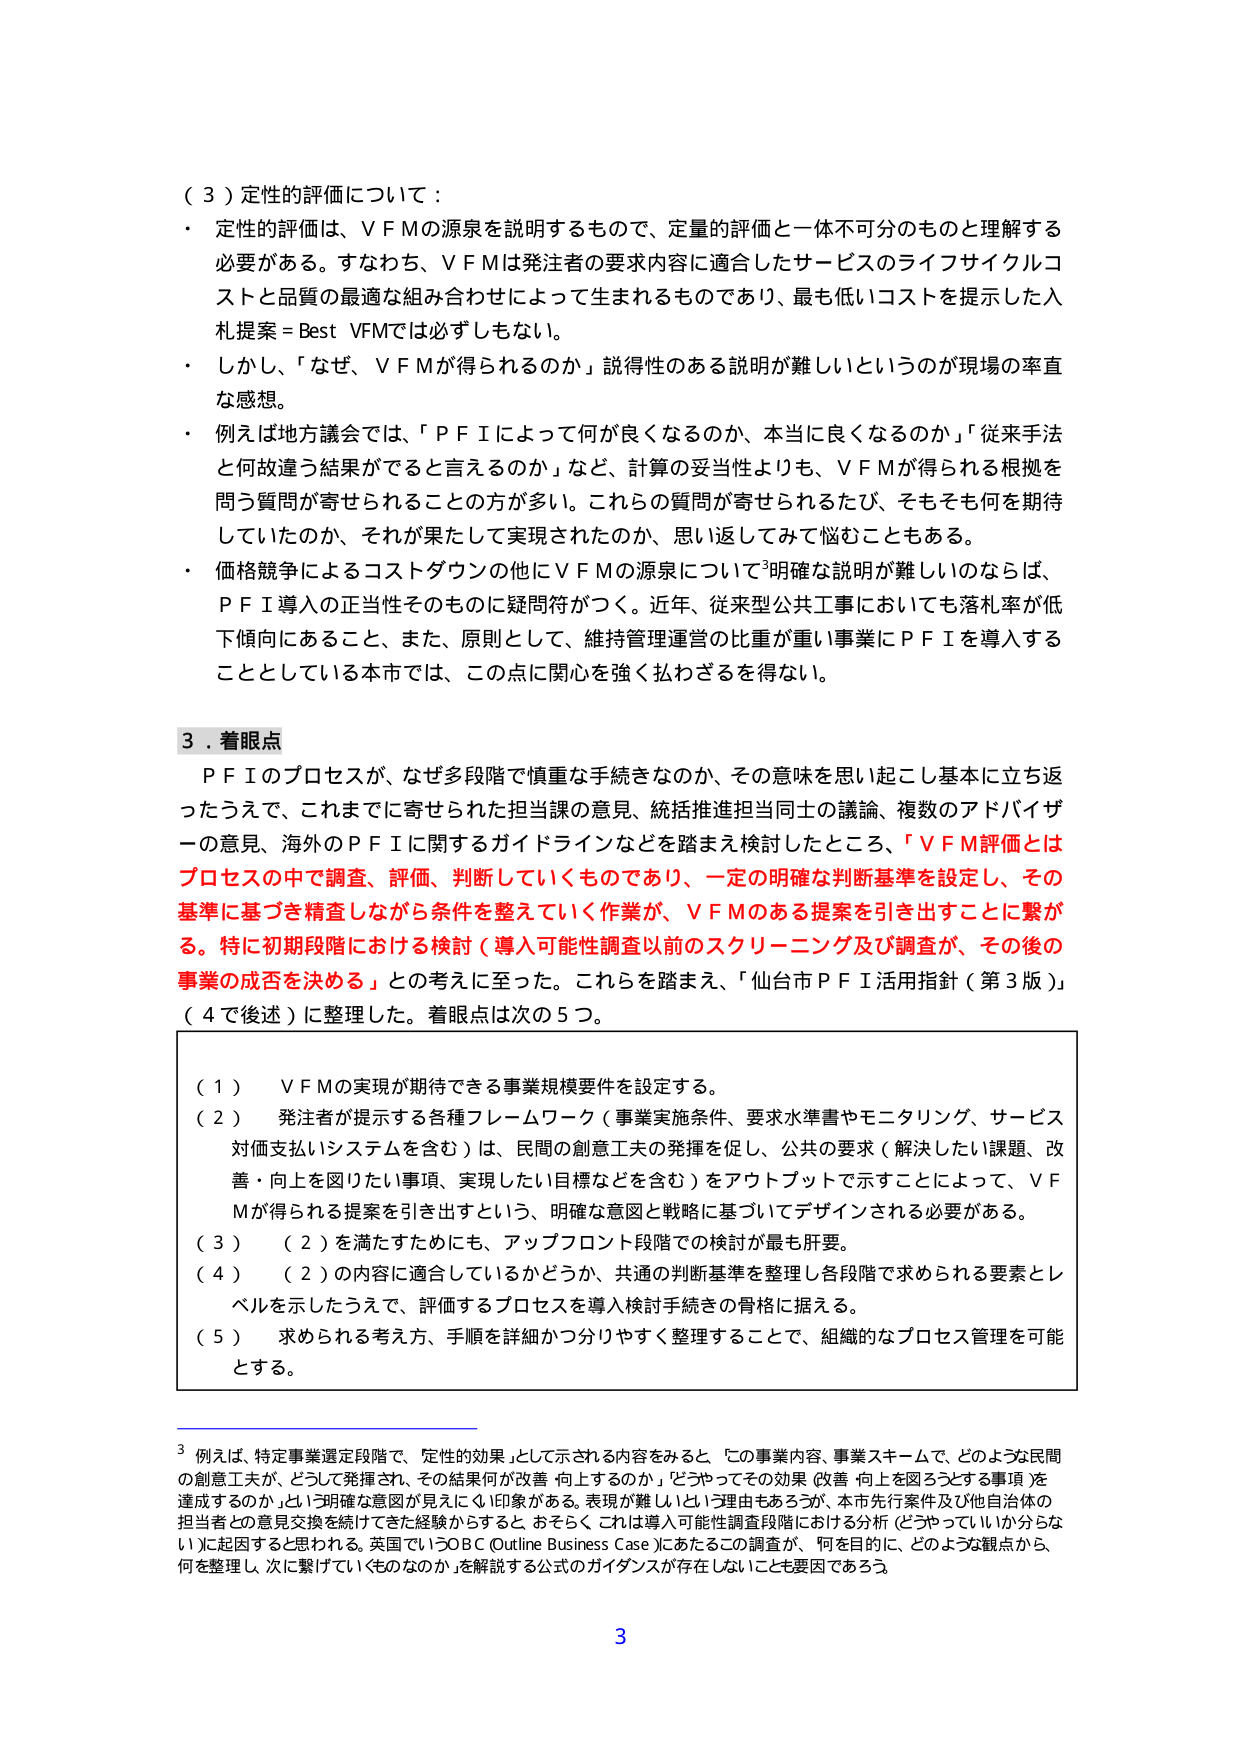
（３）定性的評価について：

・ 定性的評価は、ＶＦＭの源泉を説明するもので、定量的評価と一体不可分のものと理解する必要がある。すなわち、ＶＦＭは発注者の要求内容に適合したサービスのライフサイクルコストと品質の最適な組み合わせによって生まれるものであり、最も低いコストを提示した入札提案＝Best VFMでは必ずしもない。

・ しかし、「なぜ、ＶＦＭが得られるのか」説得性のある説明が難しいというのが現場の率直な感想。

・ 例えば地方議会では、「ＰＦＩによって何が良くなるのか、本当に良くなるのか」「従来手法と何故違う結果がでると言えるのか」など、計算の妥当性よりも、ＶＦＭが得られる根拠を問う質問が寄せられることが多い。これらの質問が寄せられるたび、そもそも何を期待していたのか、それが果たして実現されたのか、思い返してみて悩むこともある。

・ 価格競争によるコストダウンの他にＶＦＭの源泉について明確な説明が難しいのならば、ＰＦＩ導入の正当性そのものに疑問符がつく。近年、従来型公共工事においても落札率が低下傾向にあること、また、原則として、維持管理運営の比重が重い事業にＰＦＩを導入することとしている本市では、この点に関心を強く払わざるを得ない。

３．着眼点

ＰＦＩのプロセスが、なぜ多段階で慎重な手続きなのか、その意味を思い起こし基本に立ち返ったうえで、これまでに寄せられた担当課の意見、統括推進担当同士の議論、複数のアドバイザーの意見、海外のＰＦＩに関するガイドラインなどを踏まえ検討したところ、「ＶＦＭ評価とはプロセスの中で調査、評価、判断していくものであり、一定の明確な判断基準を設定し、その基準に基づき精査しながら条件を整えていく作業が、ＶＦＭのある提案を引き出すことに繋がる。特に初期段階における検討（導入可能性調査以前のスクリーニング及び調査が、その後の事業の成否を決める）との考えに至った。これらを踏まえ、「仙台市ＰＦＩ活用指針（第３版）」（４で後述）に整理した。着眼点は次の５つ。

（１） ＶＦＭの実現が期待できる事業規模要件を設定する。

（２） 発注者が提示する各種フレームワーク（事業実施条件、要求水準書やモニタリング、サービス対価支払いシステムを含む）は、民間の創意工夫の発揮を促し、公共の要求（解決したい課題、改善・向上を図りたい事項、実現したい目標などを含む）をアウトプットで示すことによって、ＶＦＭが得られる提案を引き出すという、明確な意図と戦略に基づいてデザインされる必要がある。

（３） （２）を満たすためにも、アップフロント段階での検討が最も肝要。

（４） （２）の内容に適合しているかどうか、共通の判断基準を整理し各段階で求められる要素とレベルを示したうえで、評価するプロセスを導入検討手続きの骨格に据える。

（５） 求められる考え方、手順を詳細かつ分りやすく整理することで、組織的なプロセス管理を可能とする。

３ 例えば、特定事業選定段階で、「定性的効果」として示される内容をみると、「この事業内容、事業スキームで、どのような民間の創意工夫が、どうして発揮され、その結果何が改善・向上するのか」「どうやってその効果（改善・向上を図ろうとする事項）を達成するのか」という明確な意図が見ににくい印象がある。表現が難しいという理由もあるろうが、本市先行案件及び他自治体の担当者との意見交換を続けてきた経験からすると、おそらくこれは導入可能性調査段階における分析（どうやっていいか分らない）に起因すると思われる。英国でいうOBC（Outline Business Case）にあたるこの調査が、「何を目的に、どのような観点から、何を整理し、次に繋げていくものなのか」を解説する公式のガイダンスが存在しないことも要因であろう。

3